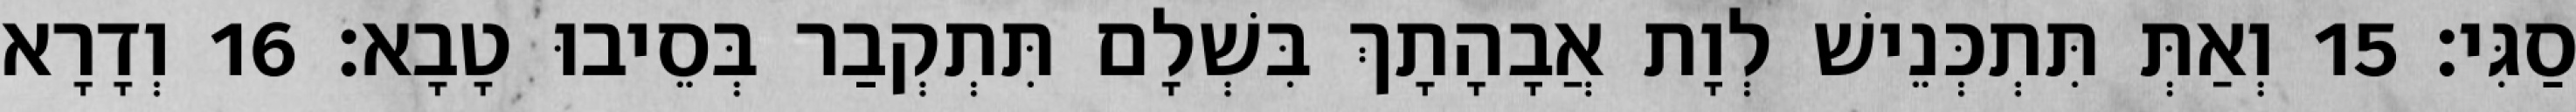
סַגִּי׃ 15 וְאַתְּ תִּתְכְּנֵישׁ לְוָת אֲבָהָתָךְ בִּשְׁלָם תִּתְקְבַר בְּסֵיבוּ טָבָא׃ 16 וְדָרָא